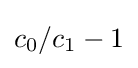
c_{0}/c_{1}-1